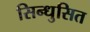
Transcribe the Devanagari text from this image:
सिन्धुसित